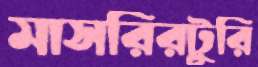
মাসরিরটুরি